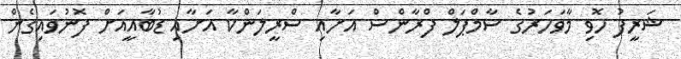
ޝަރީފު ހޮވި މާވަހަރުގެ ސާމްޕަލް ފްރާންސް އަށާއި ސްރީލަންކާ އަށާއި ޑުބާއީއަށް ފޮނުވައިގެން